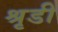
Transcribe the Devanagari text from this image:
श्रृडी